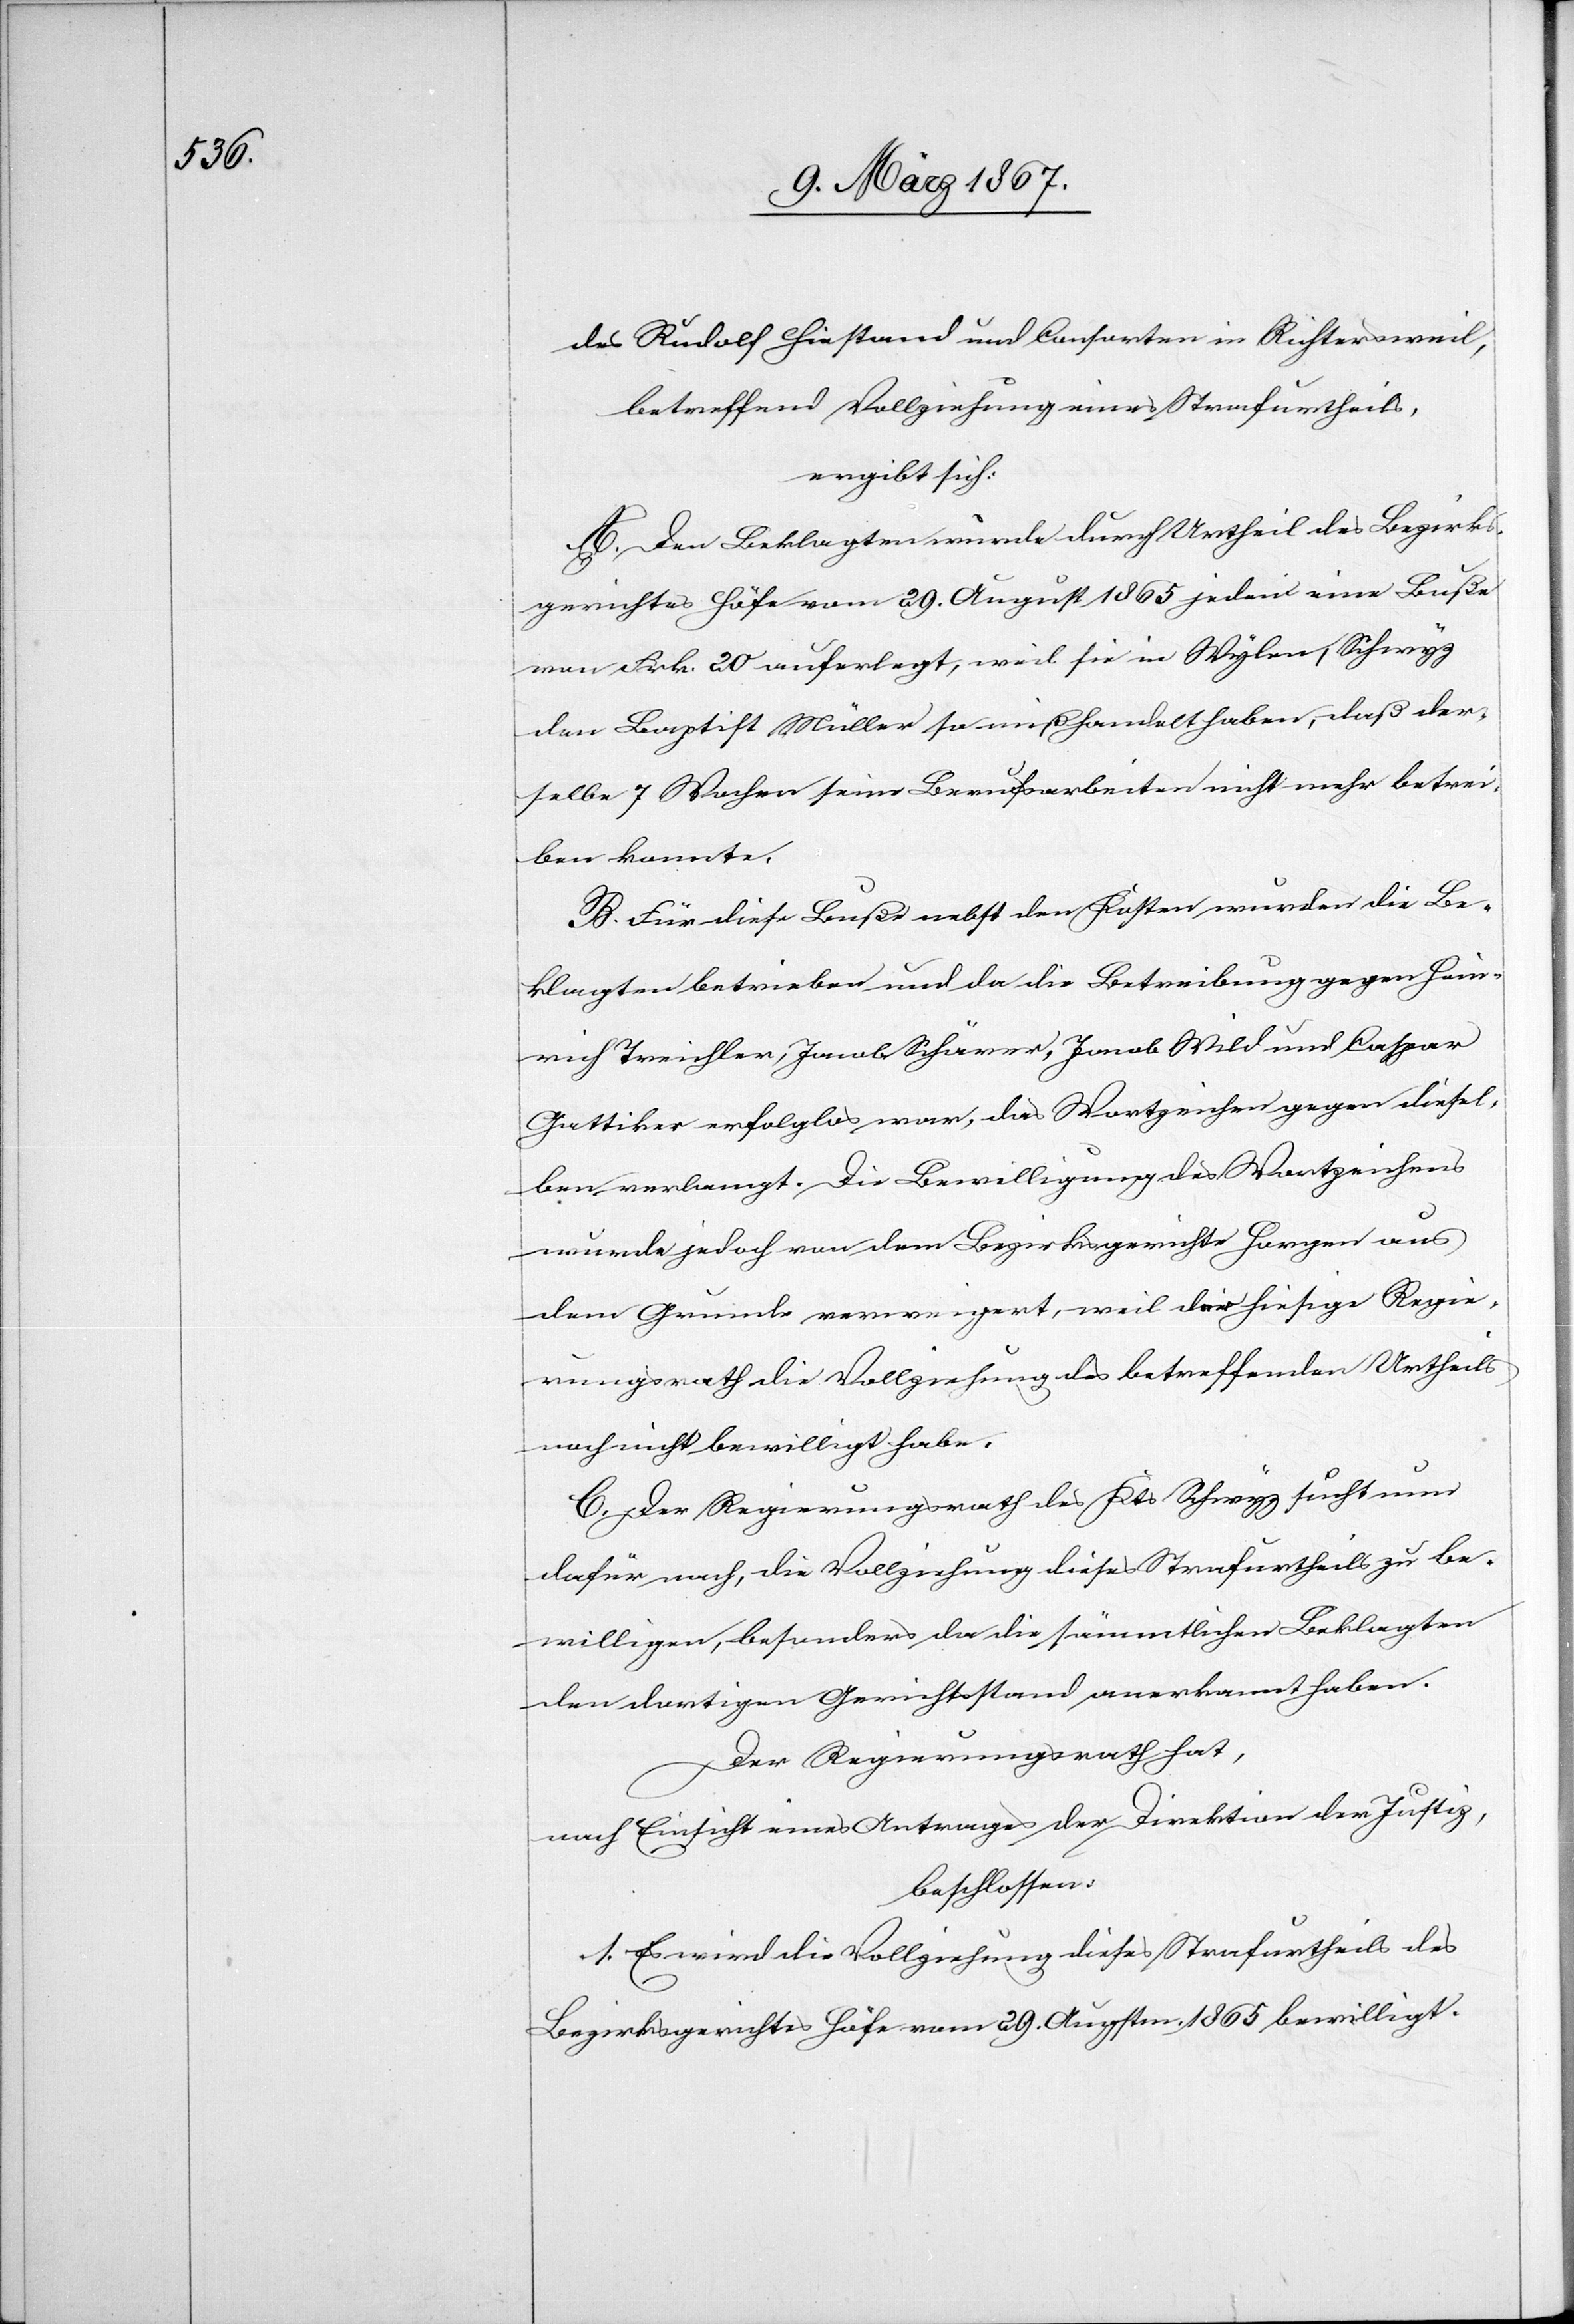
des Rudolf Hiestand und Consorten in Richtersweil,
betreffend Vollziehung eines Strafurtheils,
ergibt sich:
A. Den Beklagten wurde durch Urtheil des Bezirks¬
gerichtes Höfe vom 29. August 1865 jedem eine Buße
von Frk. 20 auferlegt, weil sie in Wylen, Schwyz
den Baptist Müller so mißhandelt haben, daß der¬
selbe 7 Wochen seine Berufsarbeiten nicht mehr bestrei¬
ten konnte.
B. Für diese Buße nebst den Kosten wurden die Be¬
klagten betrieben und da die Betreibung gegen Hein¬
rich Treichler, Jacob Schärrer, Jacob Wild und Caspar
Gattiker erfolglos war, das Wortzeichen gegen diesel¬
ben verlangt. Die Bewilligung des Wortzeichens
wurde jedoch von dem Bezirksgerichte Horgen aus
dem Grunde verweigert, weil der hiesige Regie¬
rungsrath die Vollziehung des betreffenden Urtheils
noch nicht bewilligt habe.
C. Der Regierungsrath des Kts Schwyz sucht nun
dafür nach, die Vollziehung dieses Strafurtheils zu be¬
willigen, besonders da die sämmtlichen Beklagten
den dortigen Gerichtsstand anerkannt haben.
Der Regierungsrath hat,
nach Einsicht eines Antrages der Direktion der Justiz,
beschlossen:
1. Es wird die Vollziehung dieses Strafurtheils des
Bezirksgerichtes Höfe vom 29. Augustm. 1865 bewilligt.